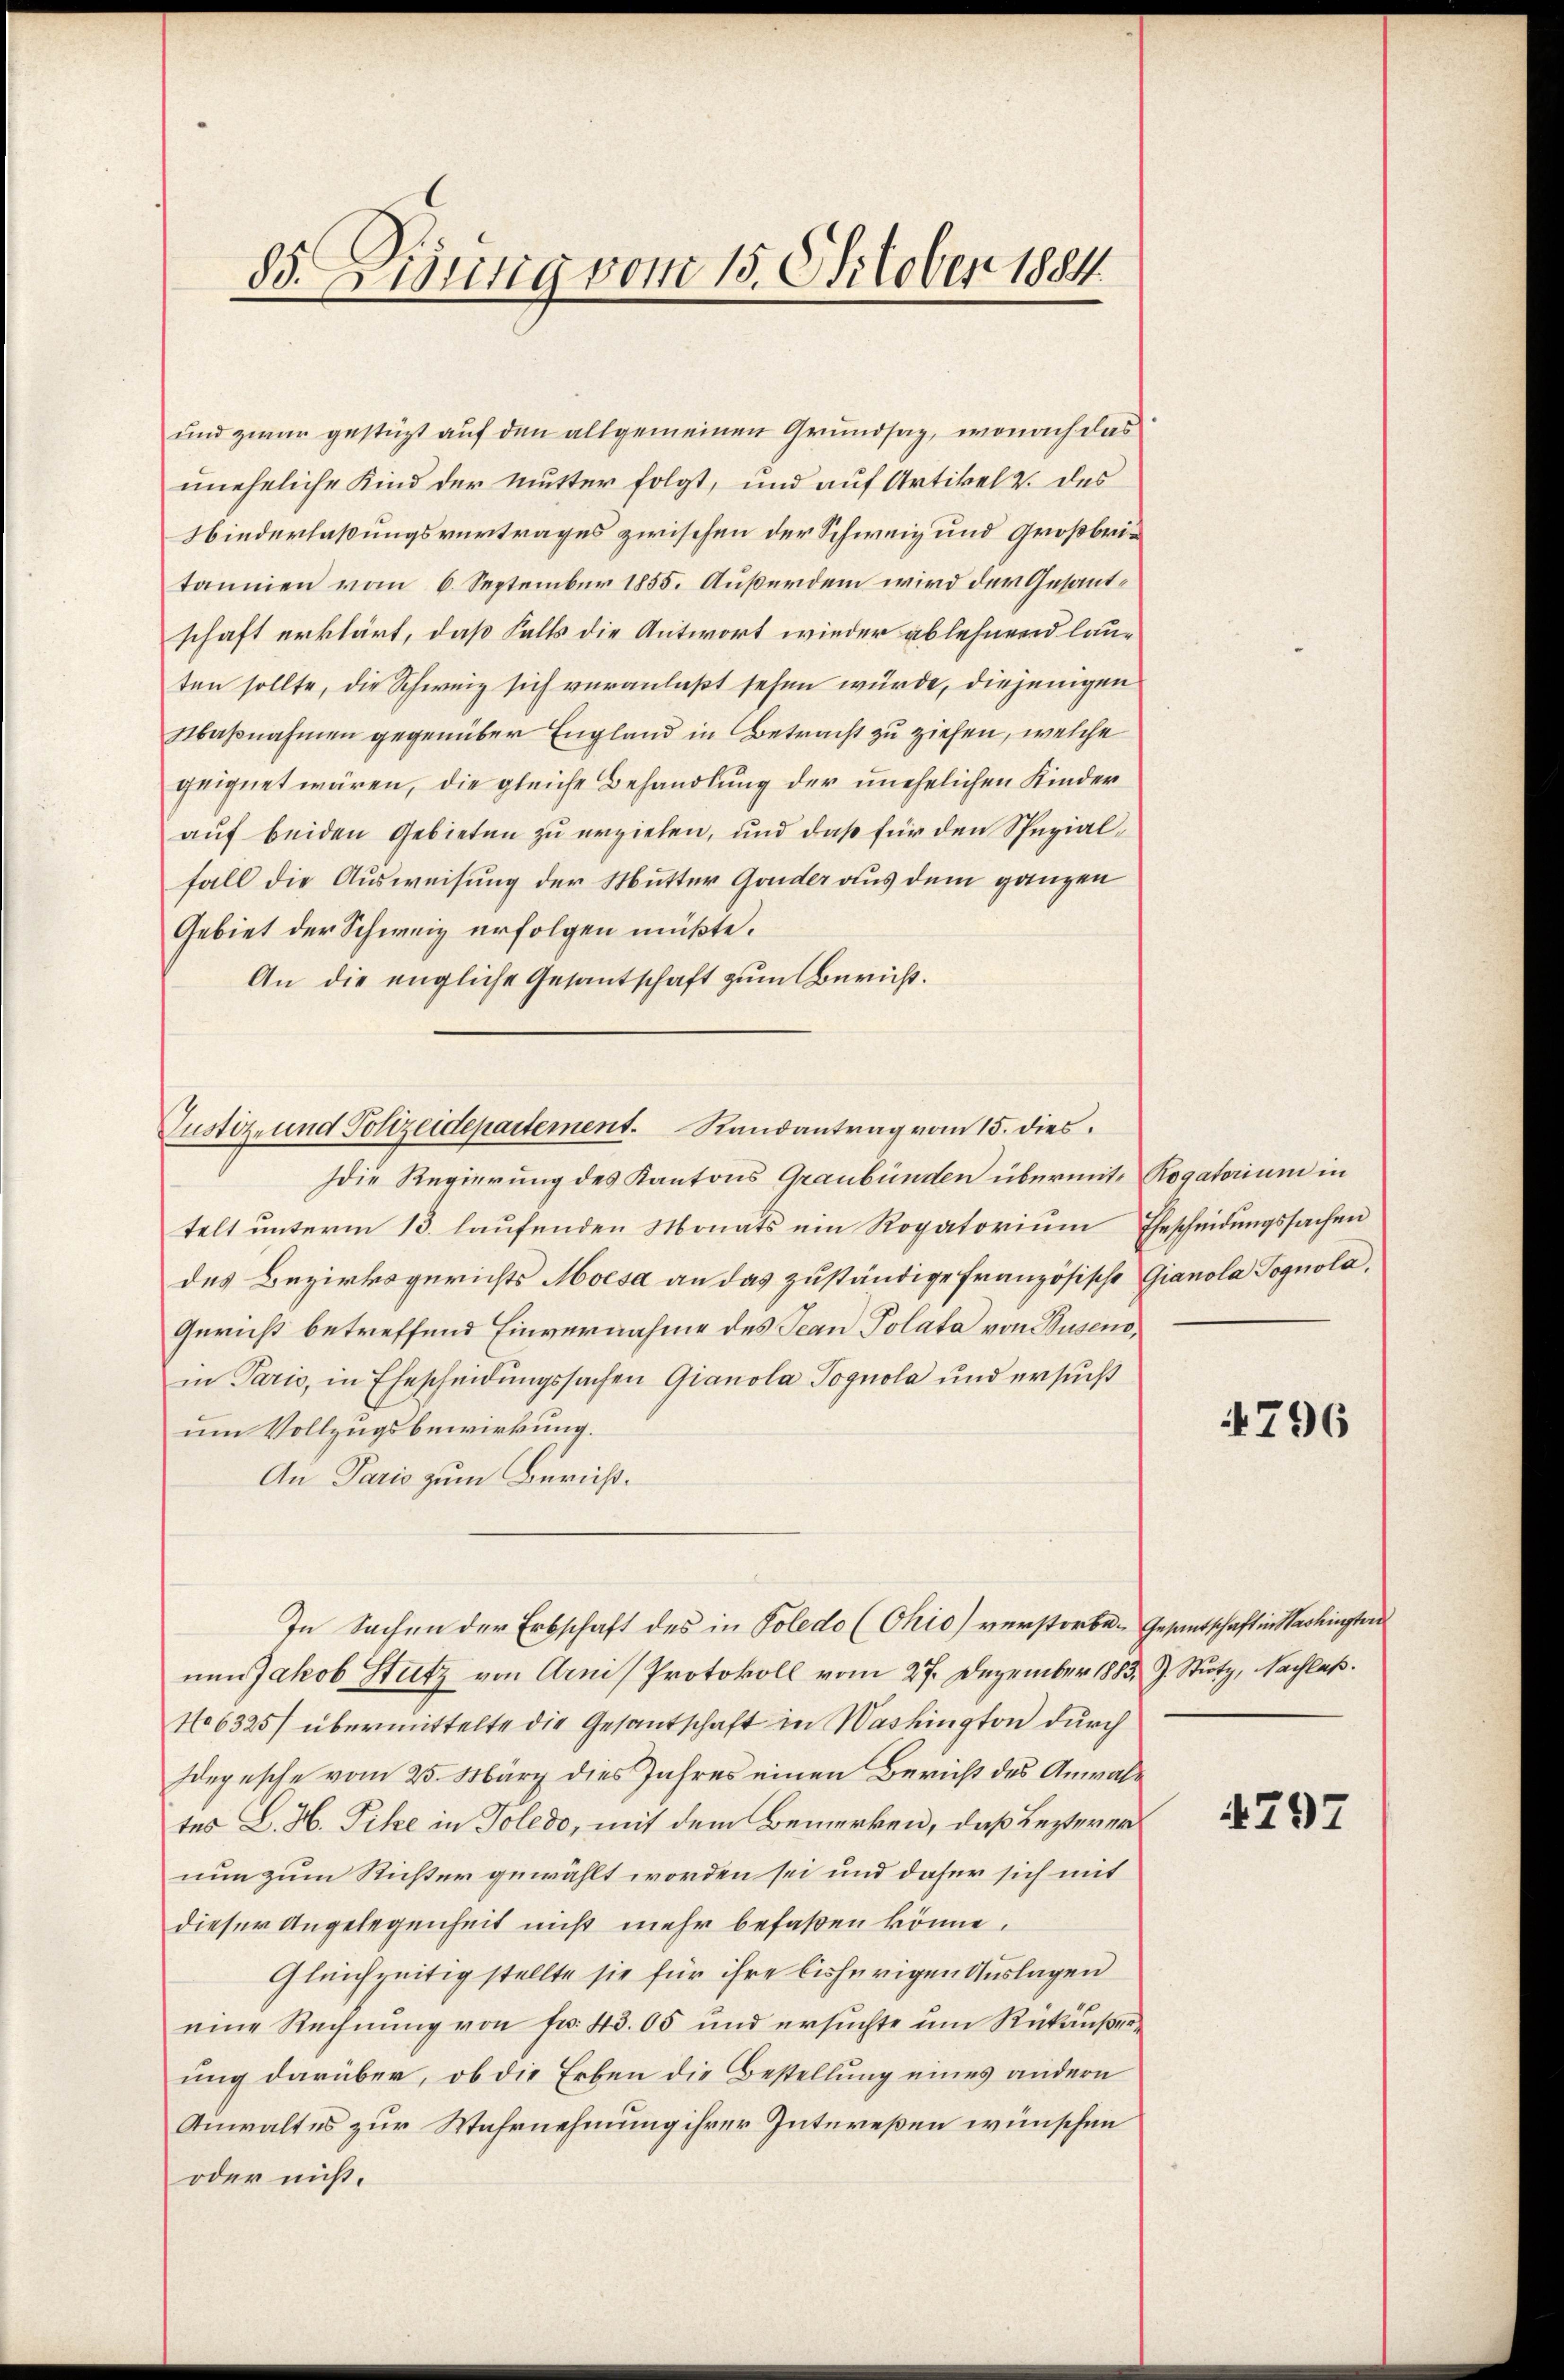
d. Lisung vom 15. October 1884.

und zwar gestüzt auf den allgemeinen Grundsaz, wonach das
uneheliche Kind der Mutter folgt, und auf Artikel v. des
Niederlaßungsvertrages zwischen der Schweiz und Großbritanien vom 6. September 1855. Außerdem wird der Gesandschaft erklärt, daß Falls die Antwort wieder ablehnend lauten sollte, die Schweiz sich veranlaßt sehen würde, diejenigen
Maßnahmen gegenüber England in Betracht zu ziehen, welche
geignet wären, die gleiche Behandlung der unehelichen Kinder
auf beiden Gebieten zu erziehen, und daß für den Spezialfall die Ausweisung der Mutter Gonder aus dem ganzen
Gebiet der Schweiz erfolgen müßte.
An die engliche Gesantschaft zum Bericht.
Idie Regierung des Kantons Graubünden übermit Rogatorium in
telt unterm 13. laufenden Monats ein Rogatorium Ehescheidungssachen
des Bezirksgerichts Moisa an das zuständige Französische Gianola Pognola,
Gericht betreffend Einvernahme des Jean Polata von Busend,
in Paris, in Ehescheidungssachen Gianola Pognola und ersucht
um Vollzugsbewirkung.
An Paris zum Bericht.
In Sachen der Erbschaft des in Poledo (Chio) verstorbe- Gesantschaft in Washingter
nen Jakob Stutz von Arni/Protokoll vom 27. Dezember 1883 J. Stutz, Nachlaß.
16325/ übermittelte die Gesandschaft in Washington durch
Idepesche vom 25. März dies Jahres einen Bericht des Anwaltes L. H. Pitze in Toledo, mit dem Bemerken, daß Lezterer
nun zum Richter gewählt worden sei und daher sich mit
dieser Angelegenheit nicht mehr befaßen könne.
Gleichzeitig stellte sie für ihre bisherigen Auslagen
eine Rechnŭng von fr. 43. 05 und ersŭchte ŭm Rükäußerung darüber, ob die Erben die Bestellung eines andern
Anwaltes zur Wahrnehmung ihrer Intereßen wünschen
oder nicht.

Justiz- und Polizeidepartement. Randantrag vom 15. dies

4796

4797